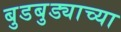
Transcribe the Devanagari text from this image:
बुडबुड्याच्या